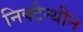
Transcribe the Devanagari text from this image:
निक्टैन्थीन